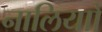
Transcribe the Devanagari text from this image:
नालियाों